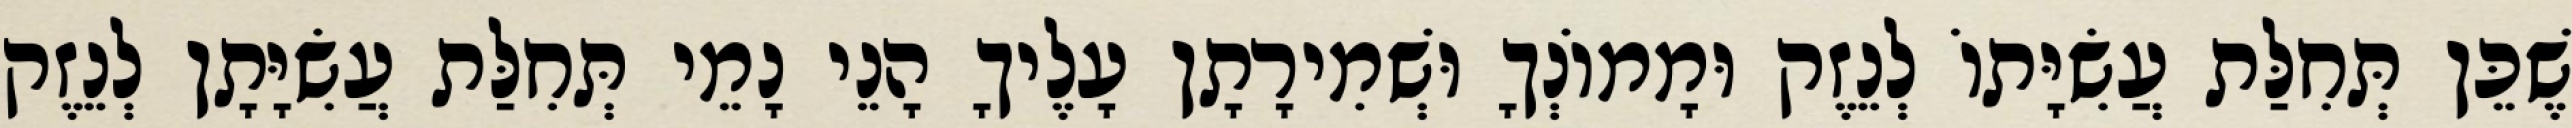
שֶׁכֵּן תְּחִלַּת עֲשִׂיָּתוֹ לְנֵזֶק וּמָמוֹנְךָ וּשְׁמִירָתָן עָלֶיךָ הָנֵי נָמֵי תְּחִלַּת עֲשִׂיָּתָן לְנֵזֶק